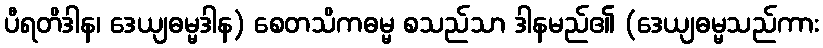
ပီရတိဒါန၊ ဒေယျဓမ္မဒါန) စေတသိကဓမ္မ စသည်သာ ဒါနမည်၏ (ဒေယျဓမ္မသည်ကား